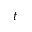
t